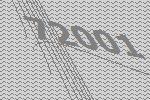
72001